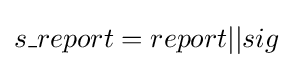
s\_report=report||sig